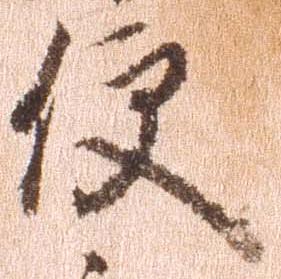
便